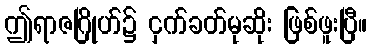
ဤရာဇဂြိုဟ်၌ ငှက်ခတ်မုဆိုး ဖြစ်ဖူးပြီ။